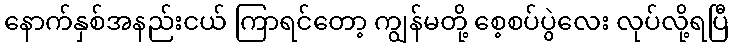
နောက်နှစ်အနည်းငယ် ကြာရင်တော့ ကျွန်မတို့ စေ့စပ်ပွဲလေး လုပ်လို့ရပြီ